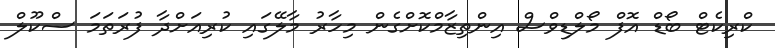
ކްރިކެޓް ބޯޑް އޮފް މޯލްޑިވްސް އިންތިޒާމްކޮށްގެން މިހާރު މާލޭގައި ކުރިއަށްދާ ފުރަތަމަ ސްކޫލް